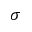
\sigma